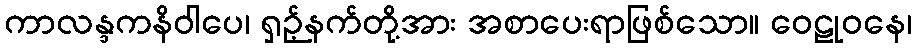
ကာလန္ဒကနိဝါပေ၊ ရှဉ့်နက်တို့အား အစာပေးရာဖြစ်သော။ ဝေဠုဝနေ၊